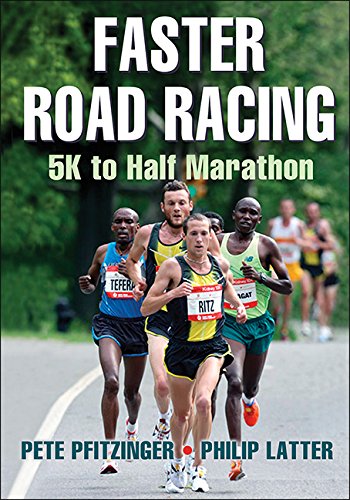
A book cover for Faster Road Racing: 5K to Half Marathon; Pete Pfitzinger; Health, Fitness & Dieting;